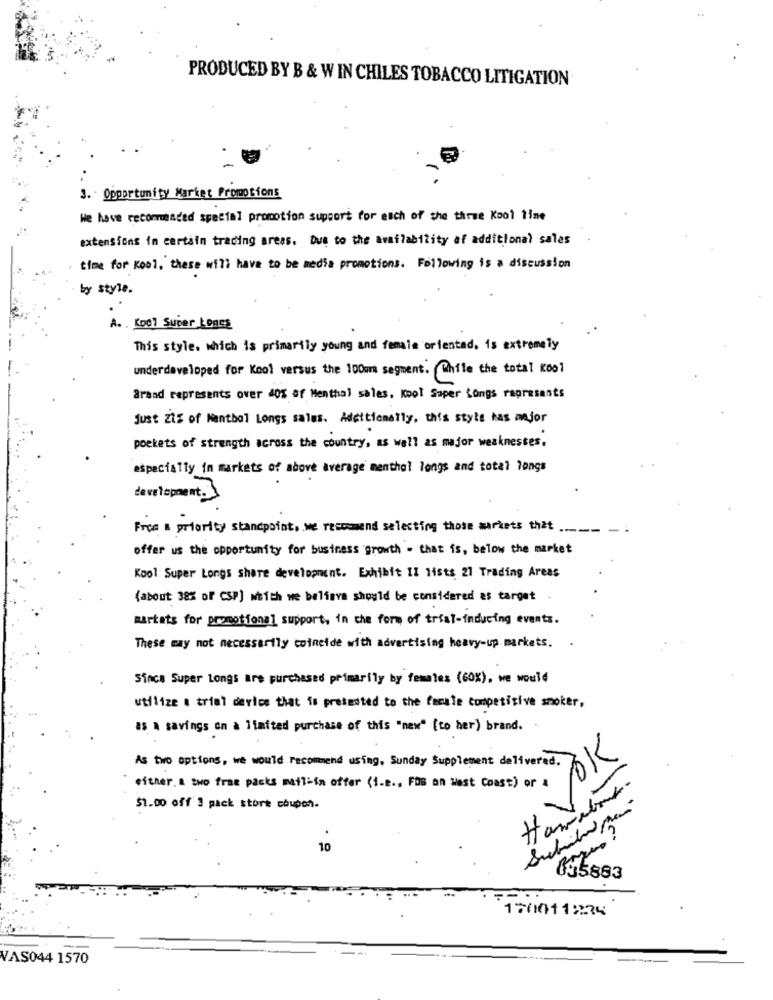
PRODUCED BY B & W IN CHILES TOBACCO LITIGATION
3. Opportunity Market Promotions
We have recommended special promotion support for each of the three Kool tine
extensions in certain trading areas. Due to the availability af additional sales
time for Kool, these will have to be media promotions. Following is a discussion
by style.
A. . Kool Super Lones
This style. which is primarily young and female orientad. is extremely
underdeveloped for Kool versus the 100mm segment. Chile the total Kool
Brand represents over 40% of Menthal sales, Itpol Saper Songs represents
just Zi% of Mantbol Longs sales. Additionally, this style has major
pockets of strength across the country, as well as major weaknesses.
especially in markets of above average menthol longs and total longs
development. 3
Free & priority standpoint, we rescomend selecting those markets that ..--- -
offer us the opportunity for business growth - that is, below the market
Kool Super Longs share development. Exhibit IZ 1ists 21 Trading Areas
(about 38% of CSP] which we believe should be considered as target .
martats for promotional support, in the form of trial-inducing events.
These may not necessarily coincide with advertising heavy-up markets. .
Since Super Longs are purchased primarily by females (60%), we would
utilize . trial device that is pretested to the female competitive smoker,
as a savings on a limited purchase of this "new" [to her) brand. .
OK
As two options, we would recommend using. Sunday Supplement delivered.
either. a two fram packs mail-in offer (i.e ., Fos an West Coast) or a
$1.00 off 3 pack stort coupon.
10
05883
170011234
VAS044 1570